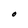
Character: O